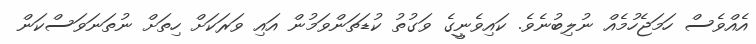
އެއްވެސް ހަމަޖެހުމެއް ނުލިބުނެވެ. ކައިވެނީީގެ ވަގުތު ކުޑަތަންވަަމުން އައި ވަރަކަށް ހިތަށް ނުތަނަވަސްކަން